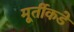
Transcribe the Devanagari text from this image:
मूर्तीकडे